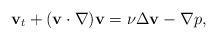
LaTeX: \begin{align*} {\bf v}_t + ({\bf v} \cdot \nabla) {\bf v} =\nu \Delta {\bf v} - \nabla p,\end{align*}